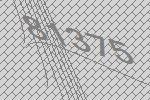
81375